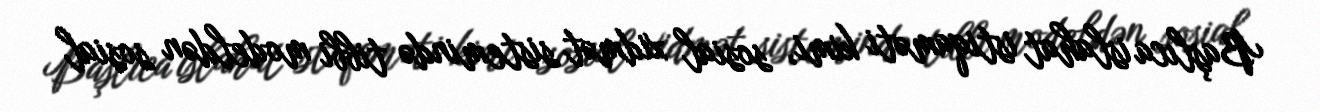
Başlıca islahat istiqaməti kimi, sosial xidmət sistemində tibbi modeldən sosial